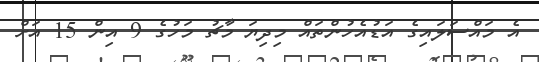
އެ މައްސަލައިގެ އަޑުއެހުންތައް މިދިޔަ މާޗު މަހުގެ 9 އިން 15 އަށް